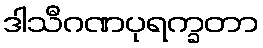
ဒါသီဂဏပုရက္ခတာ